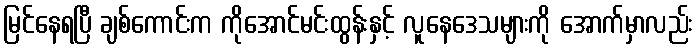
မြင်နေရပြီ ချစ်ကောင်းက ကိုအောင်မင်းထွန်းနှင့် လူနေဒေသများကို အောက်မှာလည်း